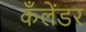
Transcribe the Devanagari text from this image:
कँलेंडर